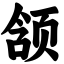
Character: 颔